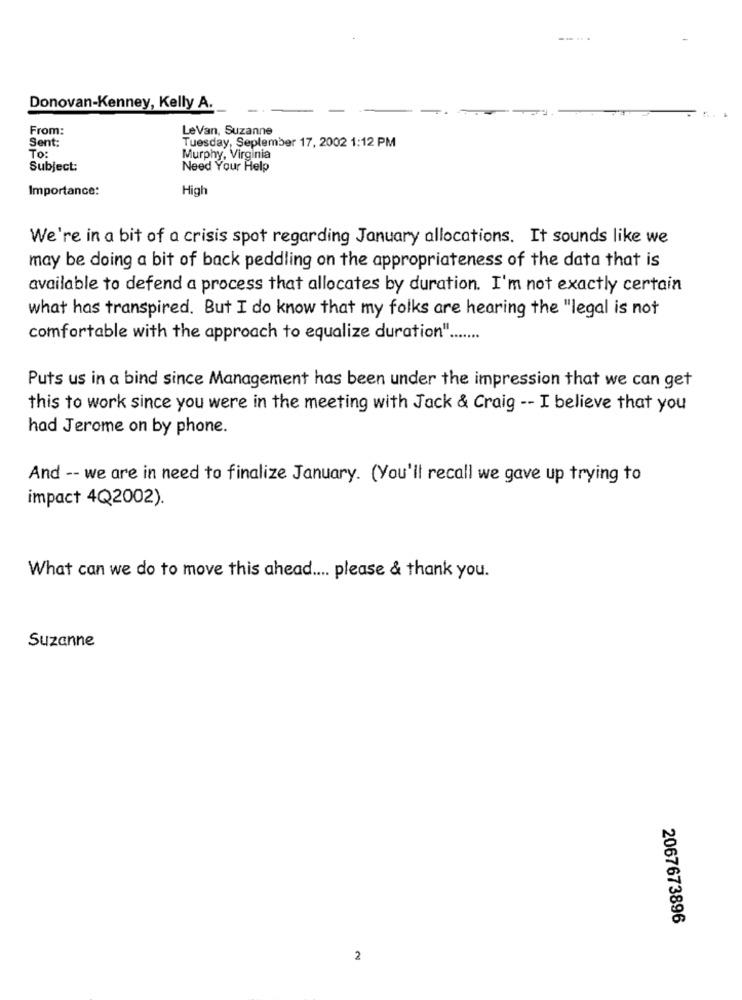
Donovan-Kenney, Kelly A.
From:
LeVan, Suzanne
Sent:
Tuesday, September 17, 2002 1:12 PM
To:
Murphy, Virginia
Subject:
Need Your Help
Importance:
High
We're in a bit of a crisis spot regarding January allocations. It sounds like we
may be doing a bit of back peddling on the appropriateness of the data that is
available to defend a process that allocates by duration. I'm not exactly certain
what has transpired. But I do know that my folks are hearing the "legal is not
comfortable with the approach to equalize duration" .......
Puts us in a bind since Management has been under the impression that we can get
this to work since you were in the meeting with Jack & Craig -- I believe that you
had Jerome on by phone.
And -- we are in need to finalize January. (You'll recall we gave up trying to
impact 4Q2002).
What can we do to move this ahead .... please & thank you.
Suzanne
2067673896
2